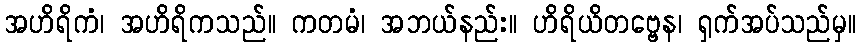
အဟိရိကံ၊ အဟိရိကသည်။ ကတမံ၊ အဘယ်နည်း။ ဟိရိယိတဗ္ဗေန၊ ရှက်အပ်သည်မှ။